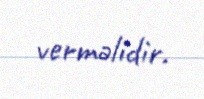
verməlidir.